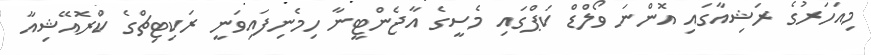
މިއަހަރުގެ ރަޝިއާގައި އޮންނަ ވޯލްޑް ކަޕްގައި މެސީގެ އާޖެންޓީނާ ހިމެނިފައިވަނީ ރަކިޓިޗްގެ ކްރޮއޭޝިއާ